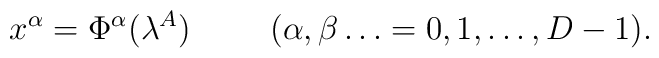
x^{\alpha} =\Phi ^{\alpha}(\lambda^A) \hspace{1cm}(\alpha,\beta \dots =0,1,\dots ,D-1).